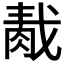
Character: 𦛹